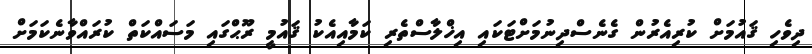
ދިވެހި ޤައުމަށް ކުރިއެރުން ގެނެސްދިނުމަށްޓަކައި އިޚްލާސްތެރި ކަމާއިއެކު ޤައުމީ ރޫޙްގައި މަސައްކަތް ކުރައްވާނެކަމަށް